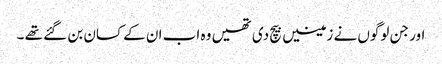
اور جن لوگوں نے زمینیں بیچ دی تھیں وہ اب ان کے کسان بن گئے تھے ۔